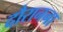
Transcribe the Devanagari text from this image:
दौरानना